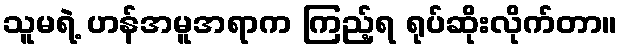
သူမရဲ့ ဟန်အမူအရာက ကြည့်ရ ရုပ်ဆိုးလိုက်တာ။